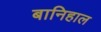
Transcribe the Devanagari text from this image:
बानिहाल